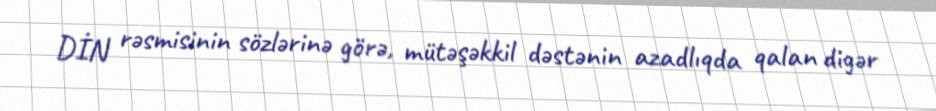
DİN rəsmisinin sözlərinə görə, mütəşəkkil dəstənin azadlıqda qalan digər